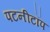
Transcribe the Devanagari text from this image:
पटनीटॉप